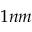
1 n m